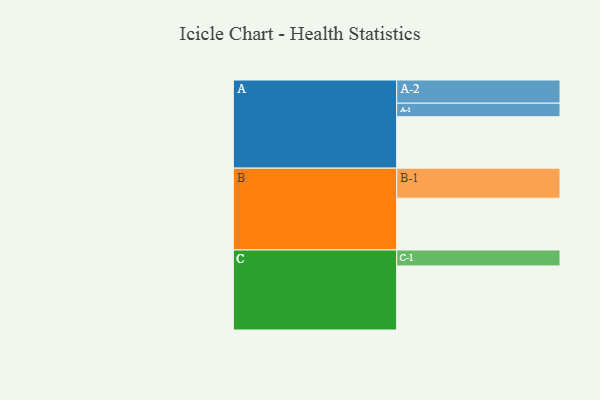
{"axis": {"x": "Segment", "y": "Value"}, "legend": ["", "A", "B", "C"], "data": [{"x": "A", "y": 448, "type": ""}, {"x": "B", "y": 451, "type": ""}, {"x": "C", "y": 558, "type": ""}, {"x": "A-1", "y": 118, "type": "A"}, {"x": "A-2", "y": 202, "type": "A"}, {"x": "B-1", "y": 262, "type": "B"}, {"x": "C-1", "y": 139, "type": "C"}]}